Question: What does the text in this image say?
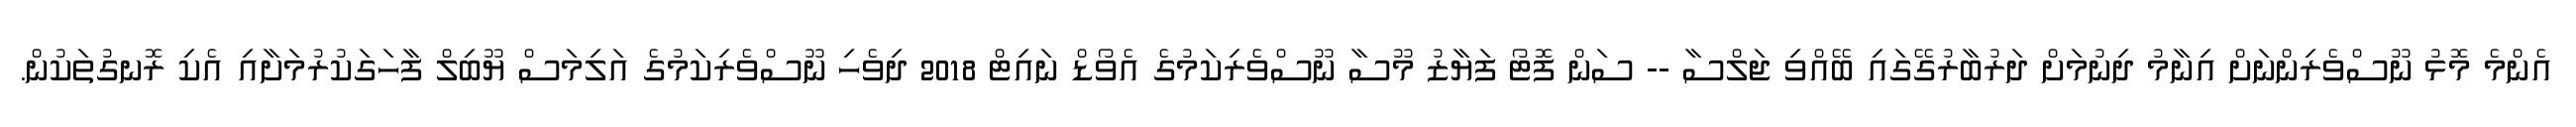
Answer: އެންމެ މޮޅު ނޫސްވެރިންނަށް އިނާމު ދިނުމަށް ދަރުބާރުގޭގައި ބޭއްވި ޖަލްސާ -- ސަން ފޮޓޯ ފަޔާޒު މޫސާ ނޫސްވެރިކަމުގެ އެވޯޑް ނައިޓް 2018 ދިވެހި ނޫސްވެރިކަމުގެ އަލިމަސް ޔޫބިލް ފާހަގަކުރުމަށާއި އެކި ރޮނގުތަކުން.